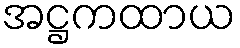
အဋ္ဌကထာယ